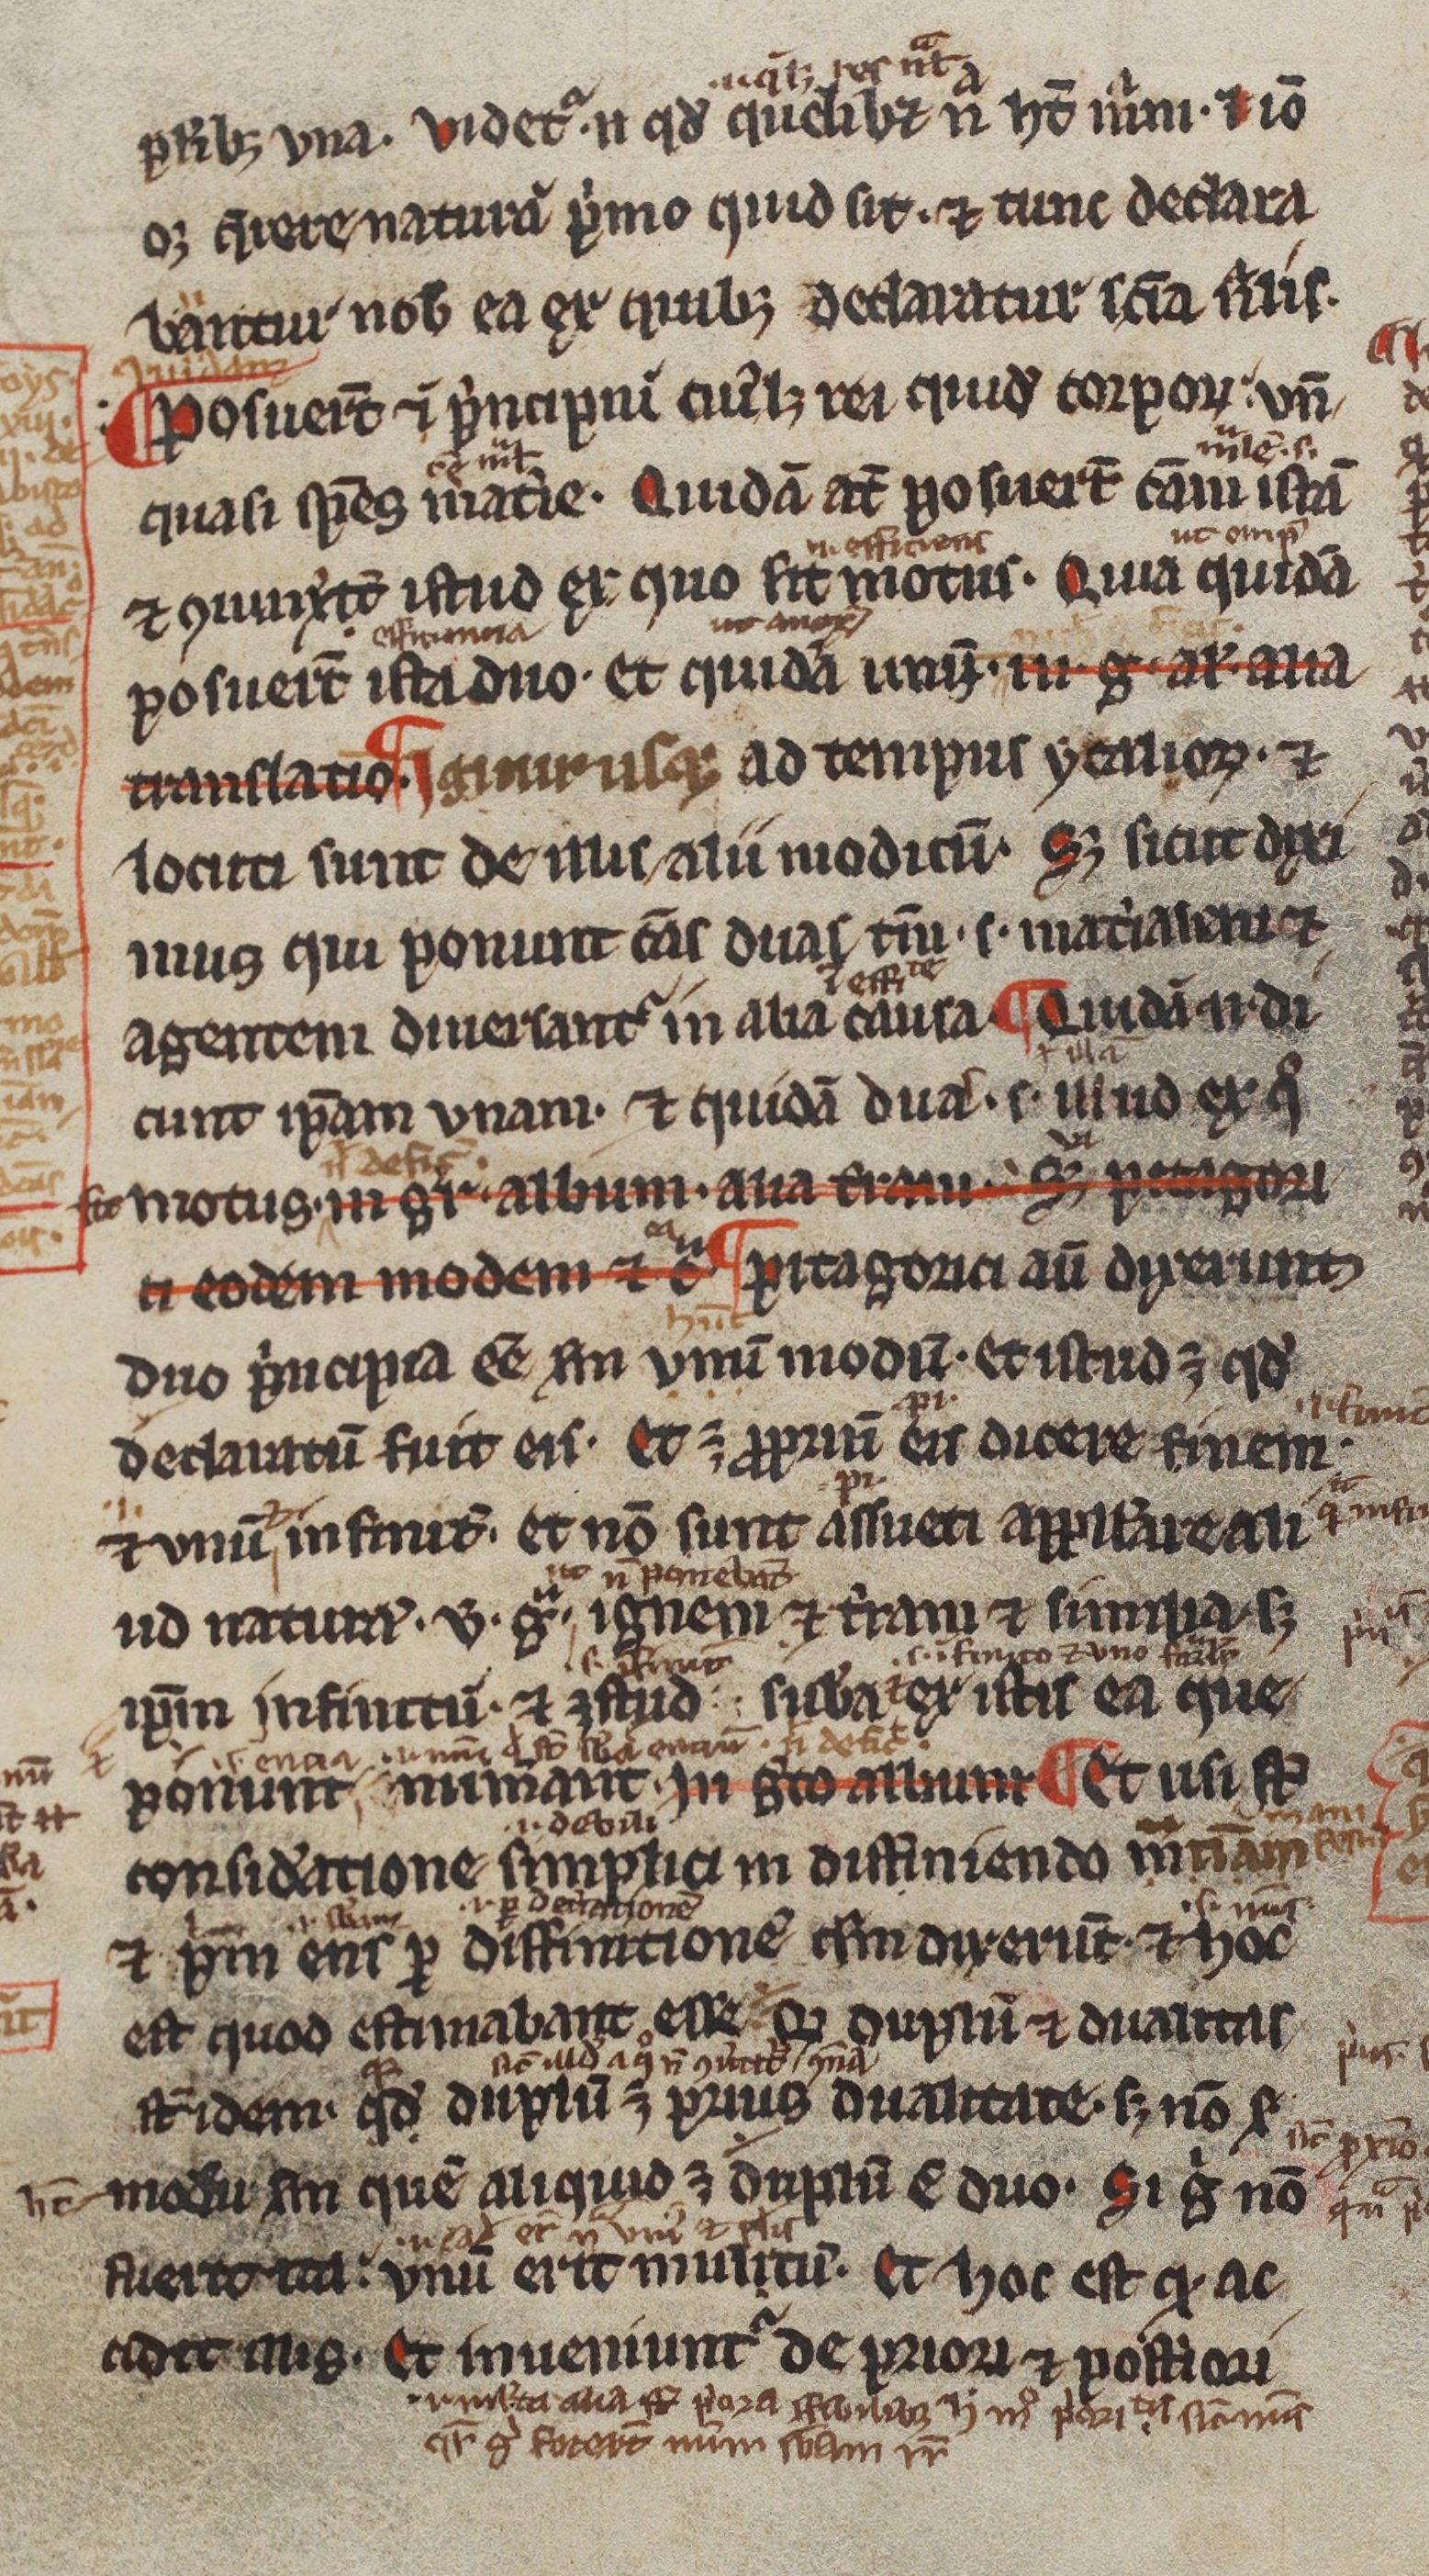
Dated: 1200–1299